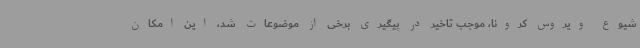
شیوع ویروس کرونا، موجب تاخیر در پیگیری برخی از موضوعات شد، این امکان